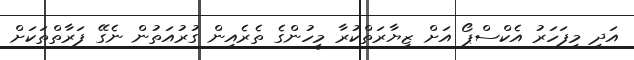
އަދި މިފަހަރު އެކްސްޕޯ އަށް ޒިޔާރަތްކުރާ މީހުންގެ ތެރެއިން ގުރުއަތުން ނެގޭ ފަރާތްތަކަށް